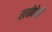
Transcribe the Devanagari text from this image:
स्लोवेनी